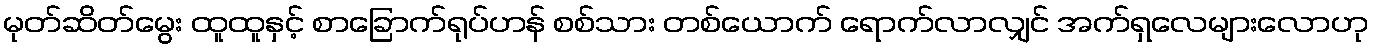
မုတ်ဆိတ်မွေး ထူထူနှင့် စာခြောက်ရုပ်ဟန် စစ်သား တစ်ယောက် ရောက်လာလျှင် အက်ရှလေများလောဟု